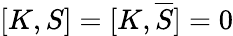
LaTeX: [K,S]=[K,{\overline{{S}}}]=0